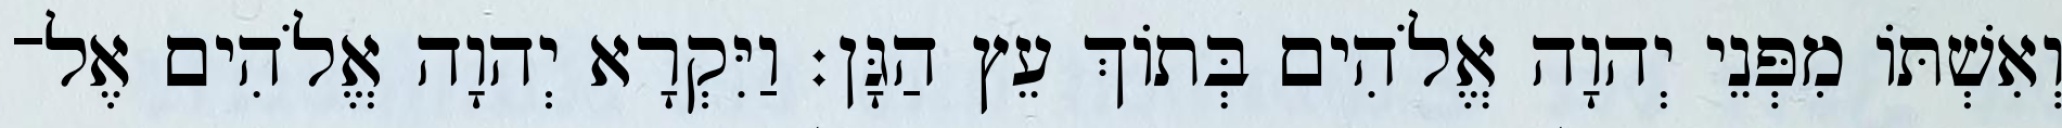
וְאִשְׁתֹּו מִפְּנֵי יְהוָה אֱלֹהִים בְּתֹוךְ עֵץ הַגָּן׃ וַיִּקְרָא יְהוָה אֱלֹהִים אֶל־